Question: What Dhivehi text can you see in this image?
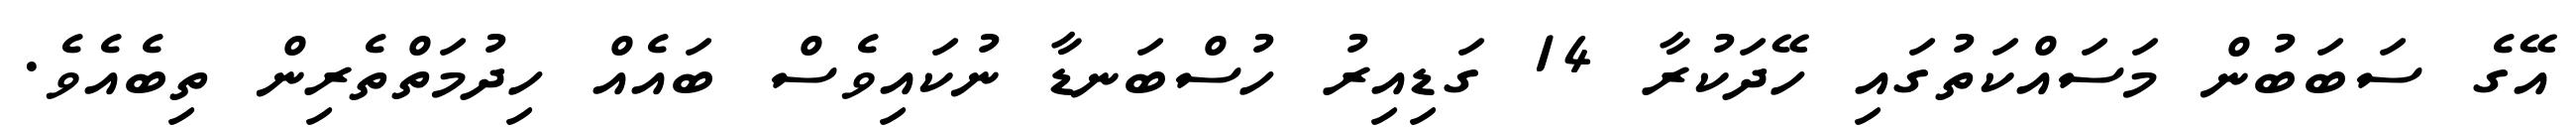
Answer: އޭގެ ސަބަބުން މަސައްކަތުގައި ހޭދަކުރާ 14 ގަޑިއިރު ހުސްބަނޑާ ނުކައިވެސް ބައެއް ހިދުމަތްތެރިން ތިބެއެވެ.